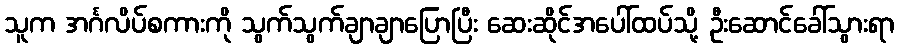
သူက အင်္ဂလိပ်စကားကို သွက်သွက်ချာချာပြောပြီး ဆေးဆိုင်အပေါ်ထပ်သို့ ဦးဆောင်ခေါ်သွားရာ